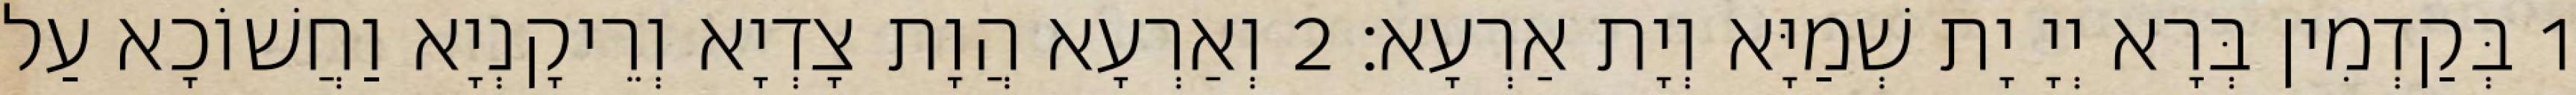
1 בְּקַדְמִין בְּרָא יְיָ יָת שְׁמַיָּא וְיָת אַרְעָא׃ 2 וְאַרְעָא הֲוָת צָדְיָא וְרֵיקָנְיָא וַחֲשׁוֹכָא עַל